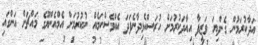
އަދާކުރަމުން ގެންދިޔަ ވަޒީފާ އިއާދަކުރުމަށް ހުރަސްއެޅިދާނެފަދަ އެއްވެސްކަމެއް ނުކުރުމަށް އެމްއެންޔޫގެ މައްޗަށް އަންގައި